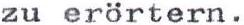
zu erörtern.